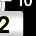
Digit: 2